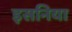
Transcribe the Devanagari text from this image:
इसनिया